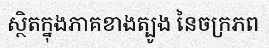
ស្ថិតក្នុងភាគខាងត្បូង នៃចក្រភព